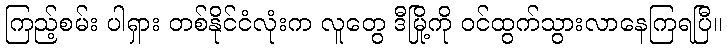
ကြည့်စမ်း ပါရှား တစ်နိုင်ငံလုံးက လူတွေ ဒီမြို့ကို ဝင်ထွက်သွားလာနေကြရပြီ။